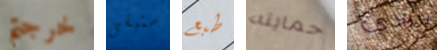
خرجتم ستبقى طبع حمايته برودي